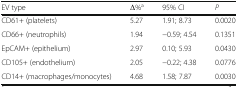
<table><thead><tr><td><b>EV type</b></td><td><b>Δ%<sup>a</sup></b></td><td><b>95% CI</b></td><td><b><i>P</i></b></td></tr></thead><tbody><tr><td>CD61+ (platelets)</td><td>5.27</td><td>1.91; 8.73</td><td>0.0020</td></tr><tr><td>CD66+ (neutrophils)</td><td>1.94</td><td>−0.59; 4.54</td><td>0.1351</td></tr><tr><td>EpCAM+ (epithelium)</td><td>2.97</td><td>0.10; 5.93</td><td>0.0430</td></tr><tr><td>CD105+ (endothelium)</td><td>2.05</td><td>−0.22; 4.38</td><td>0.0776</td></tr><tr><td>CD14+ (macrophages/monocytes)</td><td>4.68</td><td>1.58; 7.87</td><td>0.0030</td></tr></tbody></table>